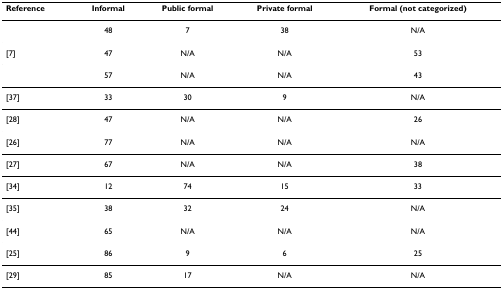
| Reference | Informal | Public formal | Private formal | Formal (not categorized) |
 | --- | --- | --- | --- | --- |
 |  | 48 | 7 | 38 | N/A |
 | [7] | 47 | N/A | N/A | 53 |
 |  | 57 | N/A | N/A | 43 |
 | [37] | 33 | 30 | 9 | N/A |
 | [28] | 47 | N/A | N/A | 26 |
 | [26] | 77 | N/A | N/A | N/A |
 | [27] | 67 | N/A | N/A | 38 |
 | [34] | 12 | 74 | 15 | 33 |
 | [35] | 38 | 32 | 24 | N/A |
 | [44] | 65 | N/A | N/A | N/A |
 | [25] | 86 | 9 | 6 | 25 |
 | [29] | 85 | 17 | N/A | N/A |